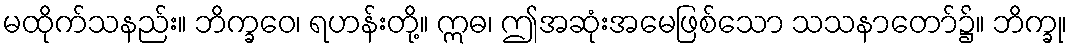
မထိုက်သနည်း။ ဘိက္ခဝေ၊ ရဟန်းတို့။ ဣဓ၊ ဤအဆုံးအမေဖြစ်သော သသနာတော်၌။ ဘိက္ခု၊